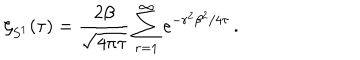
LaTeX: \zeta _ { S ^ { 1 } } ( \tau ) = { \frac { 2 \beta } { \sqrt { 4 \pi \tau } } } \sum _ { r = 1 } ^ { \infty } e ^ { - r ^ { 2 } \beta ^ { 2 } / 4 \tau } \, .